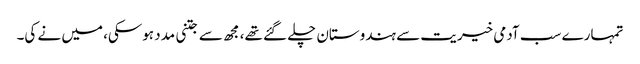
تمہارے سب آدمی خیریت سے ہندوستان چلے گئے تھے، مجھ سے جتنی مدد ہوسکی، میں نے کی۔